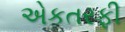
એકતરફી